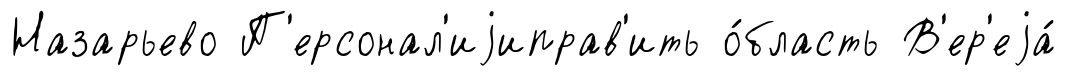
Назарьево П'ерсонал'иjиправ'ить о́бласть В'ер'еjа́